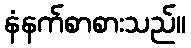
နံနက်စာစားသည်။